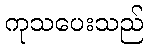
ကုသပေးသည်